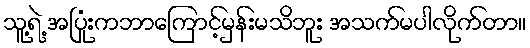
သူ့ရဲ့ အပြုံးကဘာကြောင့်မှန်းမသိဘူး အသက်မပါလိုက်တာ။